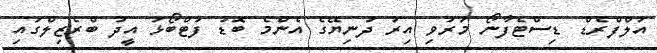
އަލްފްރެޑް ޑިސްޓެފާނޯ މަރުވި އިރު ދުނިޔޭގެ އެންމެ ބޮޑު ފުޓްބޯޅަ އީދު ބްރެޒިލްގައި